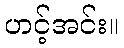
ဟင့်အင်း။